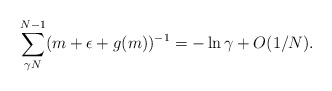
\begin{align*}\sum^{N-1}_{\gamma N} (m + \epsilon + g(m))^{-1} = - \ln \gamma + O(1/N).\end{align*}